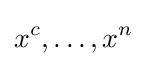
x^{c},\ldots ,x^{n}